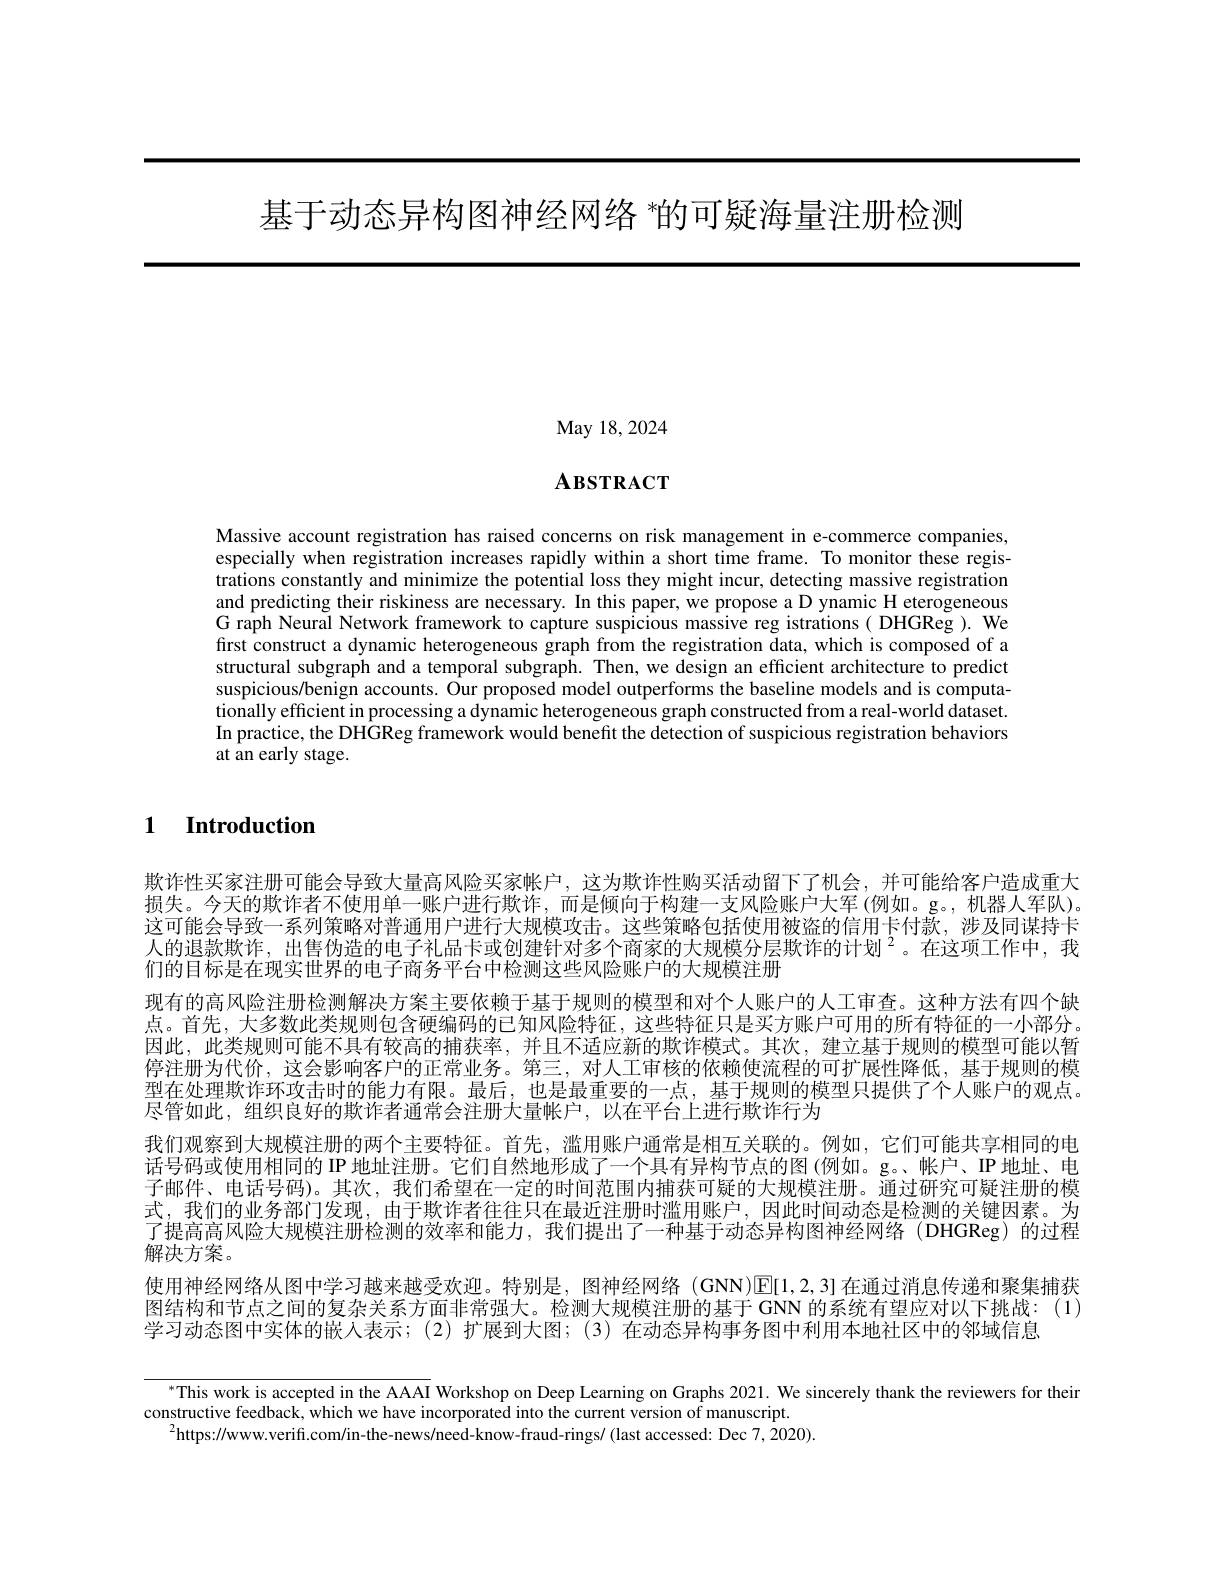
基于动态异构图神经网络 ”的可疑海量注册检测

May 18, 2024

# $\mathbf{A}$взткаст

Massive account registration has raised concerns on risk management in e-commerce companies, especially when registration increases rapidly within a short time frame. To monitor these registrations constantly and minimize the potential loss they might incur, detecting massive registration and predicting their riskiness are necessary. In this paper, we propose a D ynamic H eterogeneous G raph Neural Network framework to capture suspicious massive reg istrations( DHGReg ). We first construct a dynamic heterogeneous graph from the registration data, which is composed of a structural subgraph and a temporal subgraph. Then, we design an efficient architecture to predict suspicious/benign accounts. Our proposed model outperforms the baseline models and is computationally efficient in processing a dynamic heterogeneous graph constructed from a real-world dataset In practice, the DHGReg framework would beneft the detection of suspicious registration behaviors at an early stage.

1 Introduction

欺诈性买家注册可能会导致大量高风险买家帐户，这为欺诈性购买活动留下了机会，并可能给客户造成重大损失。今天的欺诈者不使用单一账户进行欺诈，而是倾向于构建一支风险账户大军(例如。g。,机器人军队)。这可能会导致一系列策略对普通用户进行大规模攻击。这些策略包括使用被盗的信用卡付款，涉及同谋持卡人的退款欺诈，出售伪造的电子礼品卡或创建针对多个商家的大规模分层欺诈的计划$^{2}$。在这项工作中，我们的目标是在现实世界的电子商务平台中检测这些风险账户的大规模注册
现有的高风险注册检测解决方案主要依赖于基于规则的模型和对个人账户的人工审查。这种方法有四个缺点。首先，大多数此类规则包含硬编码的已知风险特征，这些特征只是买方账户可用的所有特征的一小部分。因此，此类规则可能不具有较高的捕获率，并且不适应新的欺诈模式。其次，建立基于规则的模型可能以暂停注册为代价，这会影响客户的正常业务。第三，对人工审核的依赖使流程的可扩展性降低，基于规则的模型在处理欺诈环攻击时的能力有限。最后，也是最重要的一点，基于规则的模型只提供了个人账户的观点。尽管如此，组织良好的欺诈者通常会注册大量帐户，以在平台上进行欺诈行为
我们观察到大规模注册的两个主要特征。首先，滥用账户通常是相互关联的。例如，它们可能共享相同的电话号码或使用相同的 IP 地址注册。它们自然地形成了一个具有异构节点的图(例如。g。、帐户、IP 地址、电子邮件、电话号码)。其次，我们希望在一定的时间范围内捕获可疑的大规模注册。通过研究可疑注册的模式，我们的业务部门发现，由于欺诈者往往只在最近注册时滥用账户，因此时间动态是检测的关键因素。为了提高高风险大规模注册检测的效率和能力，我们提出了一种基于动态异构图神经网络(DHGReg)的过程解决方案。
使用神经网络从图中学习越来越受欢迎。特别是，图神经网络 (GNN)E[ 1, 2, 3] 在通过消息传递和聚集捕获图结构和节点之间的复杂关系方面非常强大。检测大规模注册的基于GNN 的系统有望应对以下挑战：(1) 学习动态图中实体的嵌人表示；(2)扩展到大图；(3)在动态异构事务图中利用本地社区中的邻域信息

$^{*}$This work is accepted in the AAAI Workshop on Deep Learning on Graphs 2021. We sincerely thank the reviewers for their
constructive feedback, which we have incorporated into the current version of manuscript.
$^{2}$https://www.verifi.com/in-the-news/need-know-fraud-rings/(last accessed: Dec 7,2020)